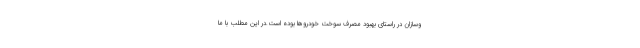
وسازان در راستای بهبود مصرف سوخت خودروها بوده است.در این مطلب با ما